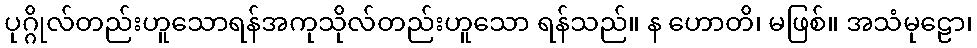
ပုဂ္ဂိုလ်တည်းဟူသောရန်အကုသိုလ်တည်းဟူသော ရန်သည်။ န ဟောတိ၊ မဖြစ်။ အသံမုဠော၊